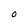
Character: O